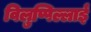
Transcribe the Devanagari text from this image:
विलुप्पिल्लाई